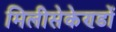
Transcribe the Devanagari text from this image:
मिलीसेकेण्डों